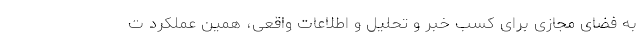
به فضای مجازی برای كسب خبر و تحلیل و اطلاعات واقعی، همین عملكرد ت